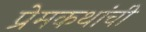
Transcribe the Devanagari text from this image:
प्रेमकथांची